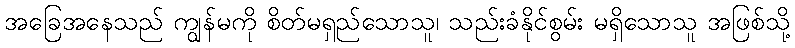
အခြေအနေသည် ကျွန်မကို စိတ်မရှည်သောသူ၊ သည်းခံနိုင်စွမ်း မရှိသောသူ အဖြစ်သို့